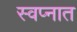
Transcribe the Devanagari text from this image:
स्‍वप्‍नात